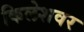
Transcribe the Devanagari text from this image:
किलेशवर